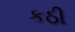
કઠી